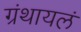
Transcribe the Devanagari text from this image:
ग्रंथायलं